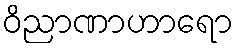
ဝိညာဏာဟာရော